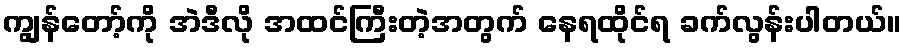
ကျွန်တော့်ကို အဲဒီလို အထင်ကြီးတဲ့အတွက် နေရထိုင်ရ ခက်လွန်းပါတယ်။